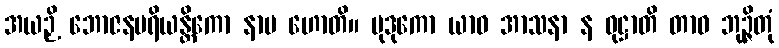
အယဉှိ ဘောဇနပရိယန္တိကော နာမ ဟောတိ။ မုဒုကော ယာဝ အာသနာ န ဝုဋ္ဌာတိ တာဝ ဘုဉ္ဇိတုံ